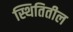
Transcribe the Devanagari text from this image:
स्थितितील